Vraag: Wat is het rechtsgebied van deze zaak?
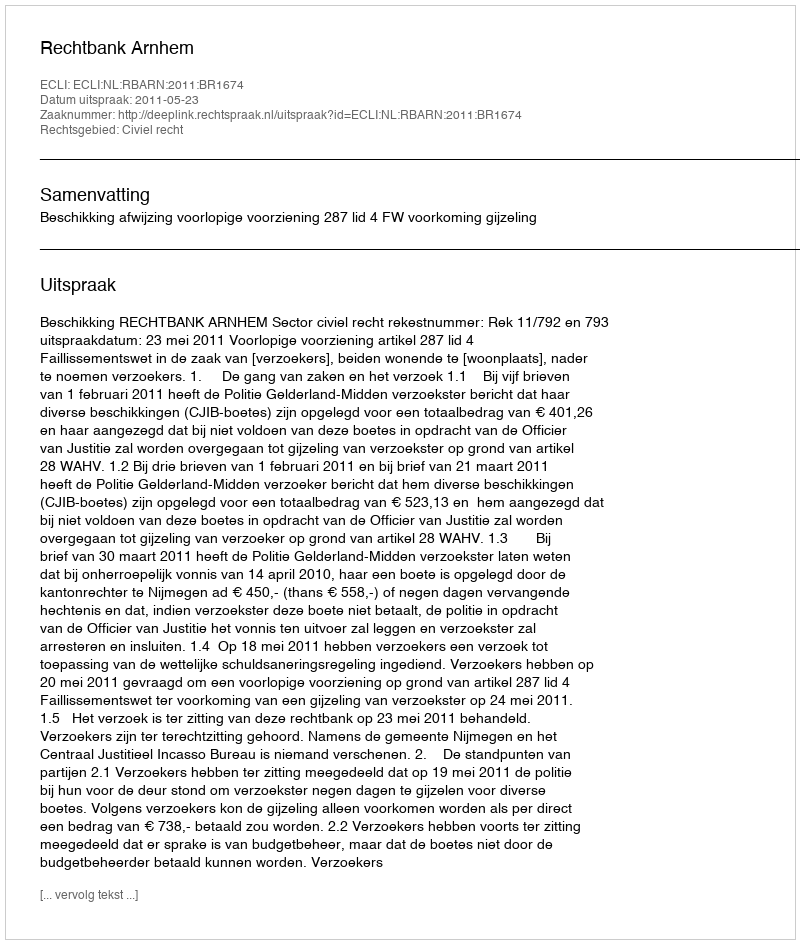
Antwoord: Civiel recht